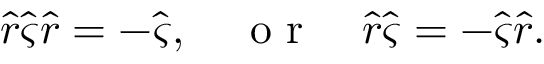
\hat { r } \hat { \varsigma } \hat { r } = - \hat { \varsigma } , \quad \mathrm { ~ o ~ r ~ } \quad \hat { r } \hat { \varsigma } = - \hat { \varsigma } \hat { r } .